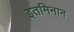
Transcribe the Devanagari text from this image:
इतमिनान